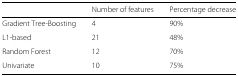
<table><thead><tr><td></td><td><b>Number of features</b></td><td><b>Percentage decrease</b></td></tr></thead><tbody><tr><td>Gradient Tree-Boosting</td><td>4</td><td>90%</td></tr><tr><td>L1-based</td><td>21</td><td>48%</td></tr><tr><td>Random Forest</td><td>12</td><td>70%</td></tr><tr><td>Univariate</td><td>10</td><td>75%</td></tr></tbody></table>